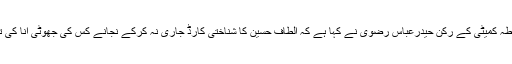
2014ء)متحدہ قومی موومنٹ( ایم کیو ایم) کی رابطہ کمیٹی کے رکن حیدرعباس رضوی نے کہا ہے کہ الطاف حسین کا شناختی کارڈ جاری نہ کرکے نجانے کس کی جھوٹی انا کی تسکین ہورہی ہے یا انہیں پاکستانی نہیں مانا جارہا۔